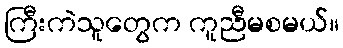
ကြီးကဲသူတွေက ကူညီမစမယ်။